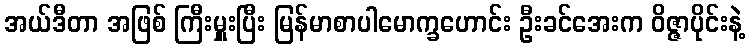
အယ်ဒီတာ အဖြစ် ကြီးမှူးပြီး မြန်မာစာပါမောက္ခဟောင်း ဦးခင်အေးက ဝိဇ္ဇာပိုင်းနဲ့